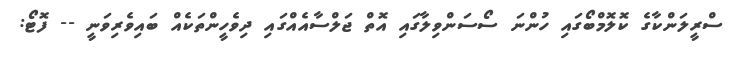
ސްރީލަންކާގެ ކޮލޮމްބޯގައި ހުންނަ ސޯސަންވިލާގައި އޮތް ޖަލްސާއެއްގައި ދިވެހީންތަކެއް ބައިވެރިވަނީ -- ފޮޓޯ: